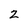
Character: 2